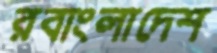
রবাংলাদেশ